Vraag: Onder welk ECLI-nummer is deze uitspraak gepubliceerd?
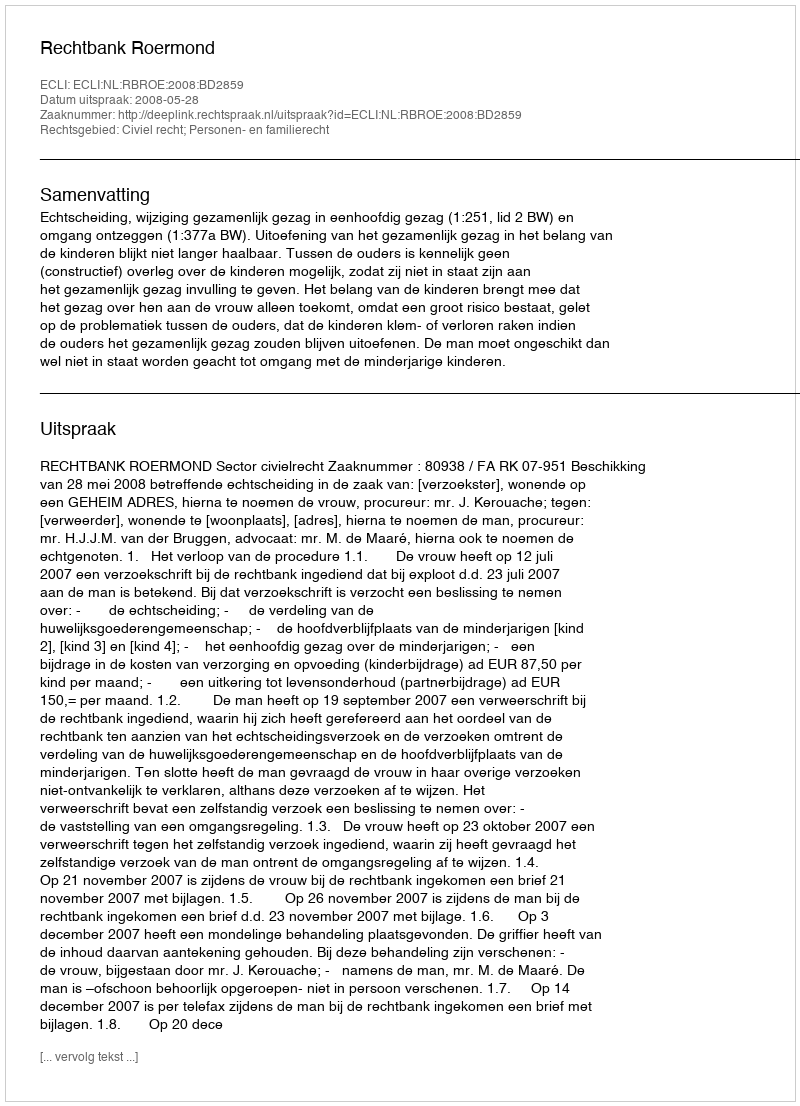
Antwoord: ECLI:NL:RBROE:2008:BD2859